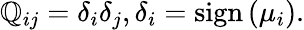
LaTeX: \mathbb{Q}_{ij}={\delta}_{i}{\delta}_{j},{\delta}_{i}=\mathrm{{sign}}\left({\mu}_{i}\right).